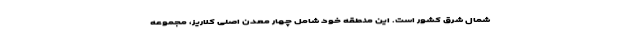
شمال شرق کشور است. این منطقه خود شامل چهار معدن اصلی کلاریز، مجموعه